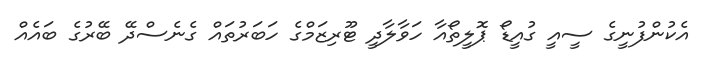
އެކުންފުނީގެ ސީއީ ގުއީޑޯ ޕޮލީތޯއާ ހަވާލާދީ ޓޫރިޒަމްގެ ހަބަރުތައް ގެނެސްދޭ ބޭރުގެ ބައެއް